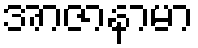
အာဇာနာမာ